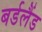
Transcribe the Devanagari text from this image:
बर्डलैंड